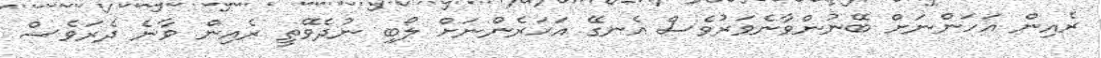
ރެއިން އަހަންނަށް ބޭނުންވާނެވަރުވެސް އެނގޭ އަހަރެންނަށް ލޯބި ނުދެވޭތީ ރެއިން ވާނެ ދެރަވެސް